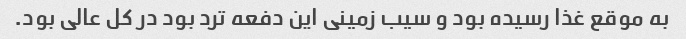
به موقع غذا رسیده بود و سیب زمینی این دفعه ترد بود در کل عالی بود.